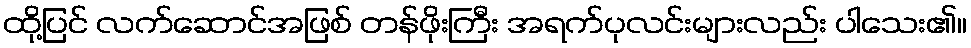
ထို့ပြင် လက်ဆောင်အဖြစ် တန်ဖိုးကြီး အရက်ပုလင်းများလည်း ပါသေး၏။